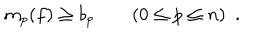
m _ { p } ( f ) \geq b _ { p } \qquad ( 0 \leq p \leq n ) \ \ .